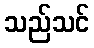
သည်သင်